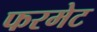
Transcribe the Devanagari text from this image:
फरमेट